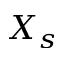
X _ { s }